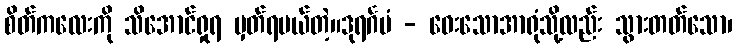
စိတ်ကလေးကို သိအောင်ရှုရ မှတ်ရမယ်တဲ့။ဒုရင်္ဂမံ - ဝေးသောအာရုံသို့လည်း သွားတတ်သော၊